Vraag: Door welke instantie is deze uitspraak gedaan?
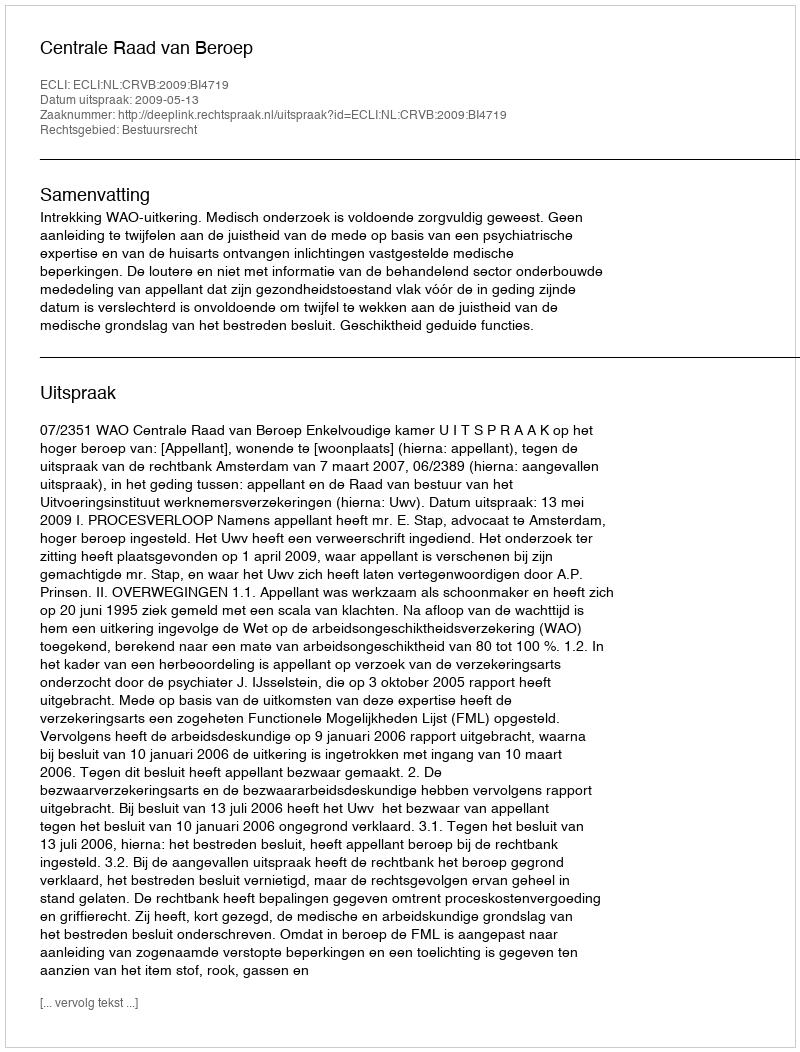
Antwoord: Centrale Raad van Beroep